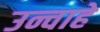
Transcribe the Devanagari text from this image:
उन्चाहे